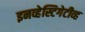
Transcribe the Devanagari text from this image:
इनव्हेस्टिगेटीव्ह